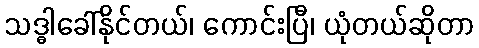
သဒ္ဓါခေါ်နိုင်တယ်၊ ကောင်းပြီ၊ ယုံတယ်ဆိုတာ